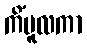
ကိံမူလကာ